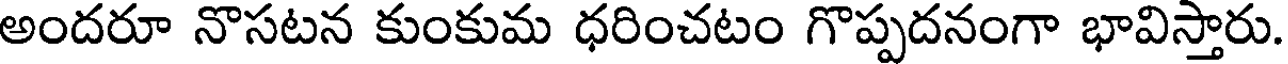
అందరూ నొసటన కుంకుమ ధరించటం గొప్పదనంగా భావిస్తారు.